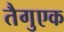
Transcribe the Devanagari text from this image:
तैगुएक